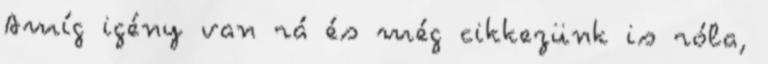
Amíg igény van rá és még cikkezünk is róla,